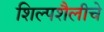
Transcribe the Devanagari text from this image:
शिल्पशैलीचे